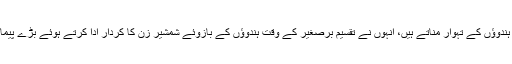
ان کے نام ہندوؤں والے ہیں، وہ ہندوؤں کے تہوار مناتے ہیں، انہوں نے تقسیم برصغیر کے وقت ہندوؤں کے بازوئے شمشیر زن کا کردار ادا کرتے ہوئے بڑے پیمانے پر مسلمانوں کا قتلِ عام کیا۔